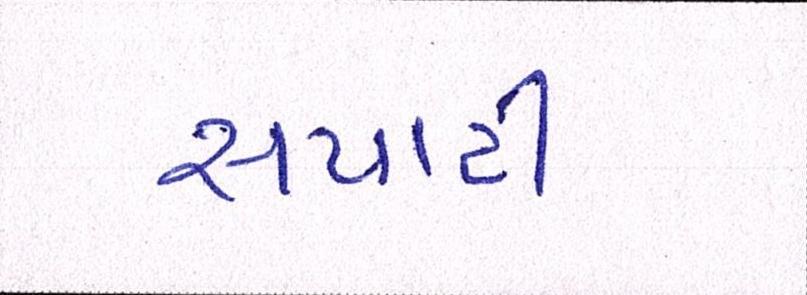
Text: સપાટી